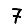
Digit: 7